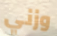
وزني